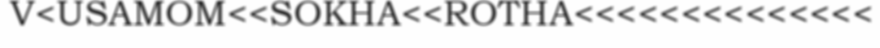
V<USAMOM<<SOKHA<<ROTHA<<<<<<<<<<<<<<